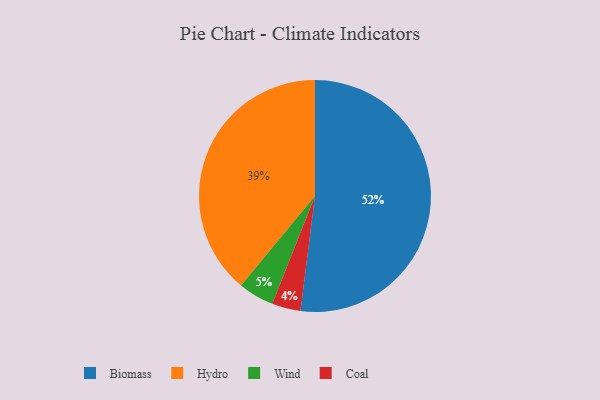
{"axis": {"x": "Category", "y": "Percentage"}, "legend": ["Biomass", "Coal", "Hydro", "Wind"], "data": [{"x": "Biomass", "y": 52, "type": "Biomass"}, {"x": "Hydro", "y": 39, "type": "Hydro"}, {"x": "Wind", "y": 5, "type": "Wind"}, {"x": "Coal", "y": 4, "type": "Coal"}]}